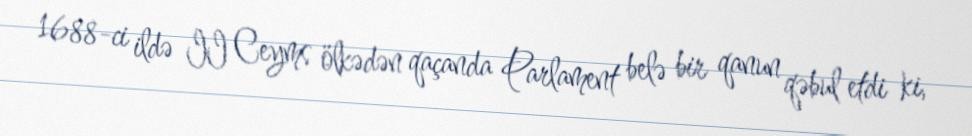
1688-ci ildə II Ceyms ölkədən qaçanda Parlament belə bir qanun qəbul etdi ki,